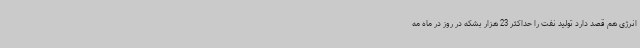
انرژی هم قصد دارد تولید نفت را حداکثر 23 هزار بشکه در روز در ماه مه